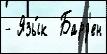
- Язы́к  Бард'ен